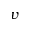
v